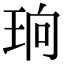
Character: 珦